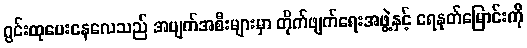
ဂွင်းထုပေးနေလေသည် အပျက်အစီးများမှာ တိုက်ဖျက်ရေးအဖွဲ့နှင့် ရေနုတ်မြောင်းကို